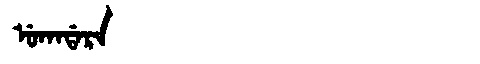
Manchu: ᡠᡴᠠᡩᠠᡵᠠ
Romanization: UKADARA